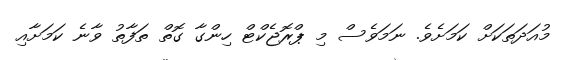
މުއަދަތަކަށް ކަމަށެވެ. ނަމަވެސް މި ޕްރޮޖެކްޓް ހިންގާ ގޮތް ތަފާތު ވާނެ ކަމަށާއި